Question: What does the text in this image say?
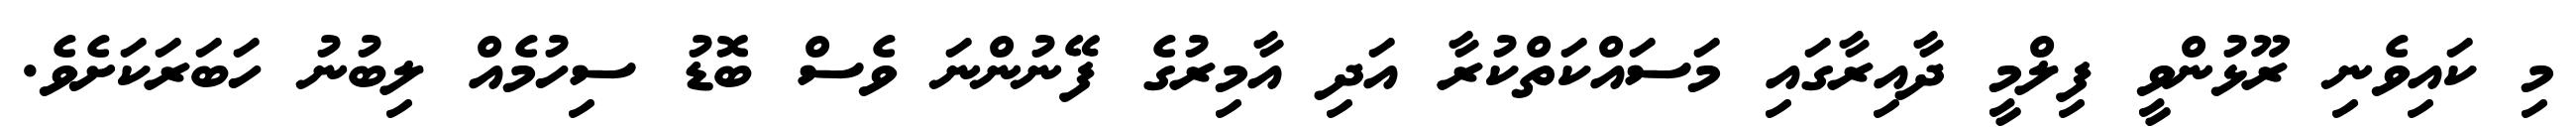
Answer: މި ކައިވެނި ރޫޅުންވީ ފިލްމީ ދާއިރާގައި މަސައްކަތްކުރާ އަދި އާމިރުގެ ފޭނުންނަ ވެސް ބޮޑު ސިހުމެއް ލިބުނު ހަބަރަކަށެވެ.